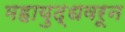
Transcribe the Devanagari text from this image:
महायुद्धवरून